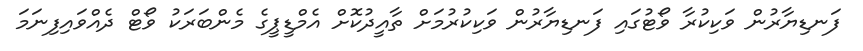
ފަނޑިޔާރުން ވަކިކުރާ ވޯޓުގައި ފަނޑިޔާރުން ވަކިކުރުމަށް ތާއީދުކޮށް އެމްޑީޕީގެ މެންބަރަކު ވޯޓް ދެއްވައިފިނަމަ